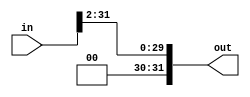

module TwoBitRightShifter_32bit(in, out);

input wire[31:0] in;
output wire[31:0] out;

assign out = {2'b0, in[31:2]};

endmodule